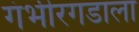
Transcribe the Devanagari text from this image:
गंभीरगडाला